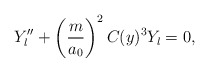
\begin{align*}Y''_l+\left(\frac{m}{a_0}\right)^2 C(y)^3 Y_l = 0, \end{align*}